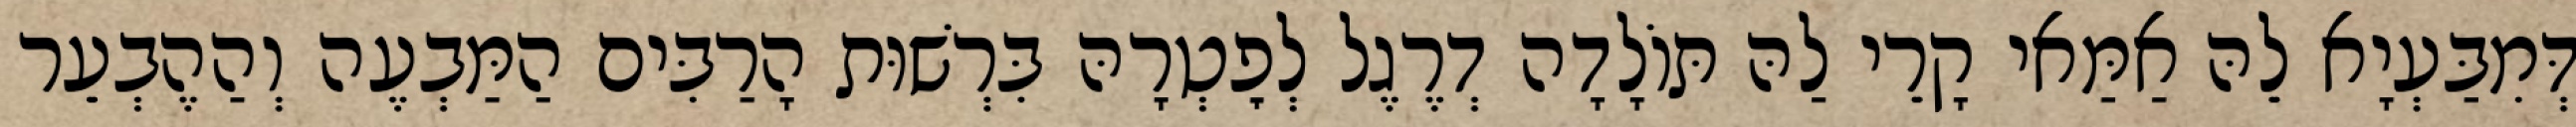
דְּמִבַּעְיָא לֵהּ אַמַּאי קָרֵי לַהּ תּוֹלָדָה דְרֶגֶל לְפׇטְרָהּ בִּרְשׁוּת הָרַבִּים הַמַּבְעֶה וְהַהֶבְעֵר